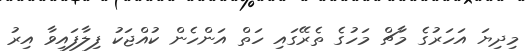
މިދިޔަ އަހަރުގެ މާޗް މަހުގެ ތެރޭގައި ހަތް އަންހެން ކުއްޖަކު ފިލާފައިވާ އިރު